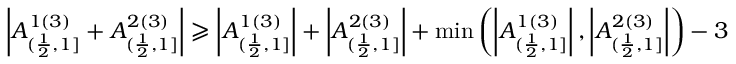
\left| A _ { ( \frac { 1 } { 2 } , 1 ] } ^ { 1 ( 3 ) } + A _ { ( \frac { 1 } { 2 } , 1 ] } ^ { 2 ( 3 ) } \right| \geqslant \left| A _ { ( \frac { 1 } { 2 } , 1 ] } ^ { 1 ( 3 ) } \right| + \left| A _ { ( \frac { 1 } { 2 } , 1 ] } ^ { 2 ( 3 ) } \right| + \operatorname* { m i n } \left( \left| A _ { ( \frac { 1 } { 2 } , 1 ] } ^ { 1 ( 3 ) } \right| , \left| A _ { ( \frac { 1 } { 2 } , 1 ] } ^ { 2 ( 3 ) } \right| \right) - 3